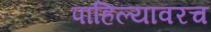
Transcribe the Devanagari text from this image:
पाहिल्यावरच